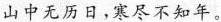
山中无历日，寒尽不知年。